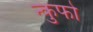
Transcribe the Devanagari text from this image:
न्कुफो